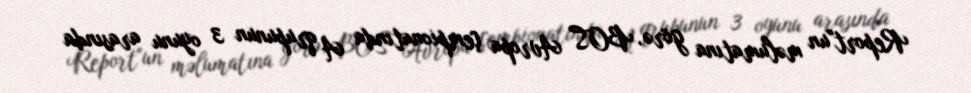
Report"un məlumatına görə, BOS Avropa çempionatında A qrupunun 3 oyunu arasında